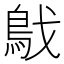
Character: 𩿙